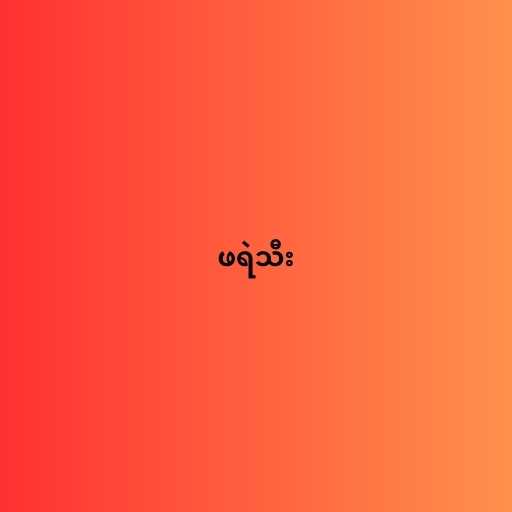
ဖရဲသီး